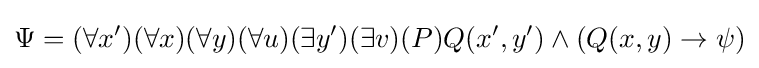
\Psi =(\forall x')(\forall x)(\forall y)(\forall u)(\exists y')(\exists v)(P)Q(x',y')\wedge (Q(x,y)\rightarrow \psi )